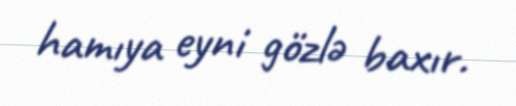
hamıya eyni gözlə baxır.